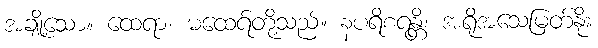
အချို့သော။ ထေရာ၊ မထေရ်တို့သည်။ နပရိစရန္တိ၊ အရိုအသေမြတ်နိုး